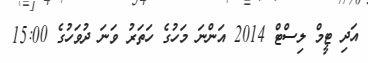
އަދި ޓީމް ލިސްޓް 2014 އަންނަ މަހުގެ ހަތަރު ވަނަ ދުވަހުގެ 15:00